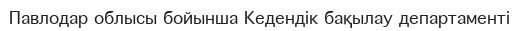
Павлодар облысы бойынша Кедендік бақылау департаменті